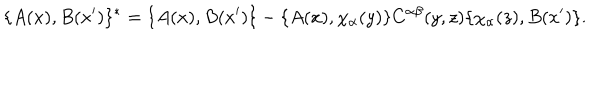
\{ A ( x ) , B ( x ^ { \prime } ) \} ^ { * } = \{ A ( x ) , B ( x ^ { \prime } ) \} - \{ A ( x ) , \chi _ { \alpha } ( y ) \} C ^ { \alpha \beta } ( y , z ) \{ \chi _ { \alpha } ( z ) , B ( x ^ { \prime } ) \} .